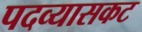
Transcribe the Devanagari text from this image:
पदव्यासकट